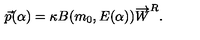
\vec { p } ( \alpha ) = \kappa B ( m _ { 0 } , E ( \alpha ) ) \overrightarrow { W } ^ { R } .